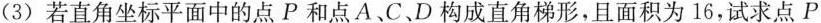
(3)若直角坐标平面中的点P和点A、C、D构成直角梯形，且面积为16，试求点P